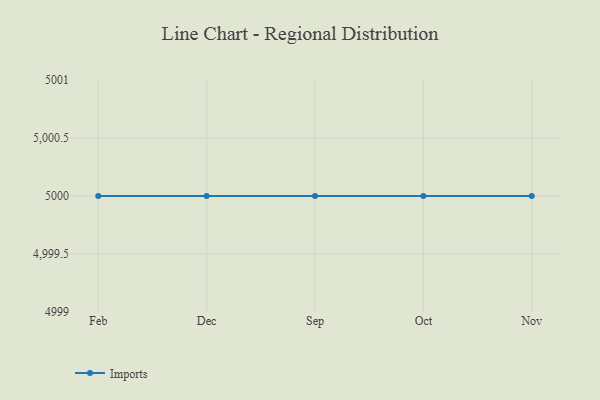
{"axis": {"x": "Month", "y": "Revenue (USD Million)"}, "legend": ["Imports"], "data": [{"x": "Feb", "y": 5000, "type": "Imports"}, {"x": "Dec", "y": 5000, "type": "Imports"}, {"x": "Sep", "y": 5000, "type": "Imports"}, {"x": "Oct", "y": 5000, "type": "Imports"}, {"x": "Nov", "y": 5000, "type": "Imports"}]}